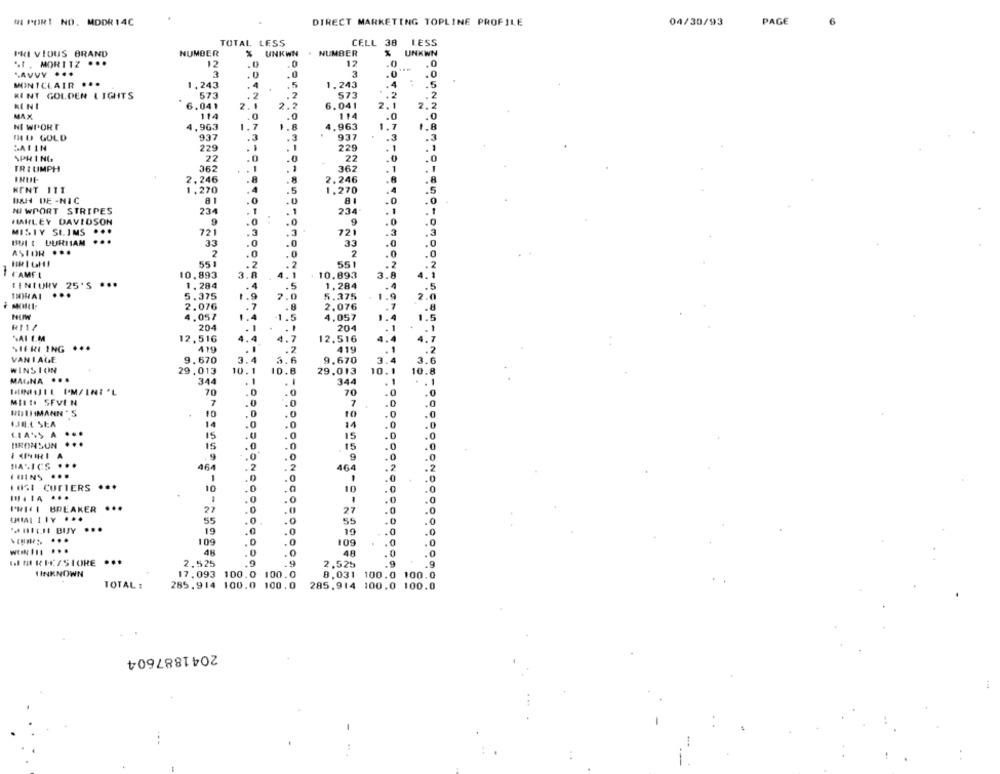
M POR! NO. MDDR 14C
DIRECT MARKETING TOPLINE PROFILE
04/30/93
PAGE
6
TOTAL LESS
CELL 38
LESS
PRI VIOUS BRAND
NUMBER
UNKWN
. NUMBER
UNKWN
.. I. MORITZ ...
12
12
.0
.0
SAVVY ...
3
3
.0
.0
MINICLAIR
1,243
1,243
.4
573
573
2
KINT GOLDEN LIGHTS
MINI
6.041
2.
6.041
2.2
MAX
114
114
.0
.0
NI WPORT
1.963
1.7
4,963
1.8
MU GOLD
937
3
937
.3
.3
SATIN
229
220
.1
. 1
SPRING
22
22
.0
TRIUMPH
362
362
2.246
2,246
KENT IT1
1.270
1.270
BAH DE -NIC
8
8
NI WPORT STRIPES
234
234
HARLEY DAVIDSON
.
9
MISTY SLIMS ...
721
721
3
BUI I DURIIAM
33
.0
33
ASTOR ...
2
.0
2
551
551
2
1
4.
CAMEL
10,893
3.A
10.893
3.
CENTURY 25'S ***
1.284
.5
1,284
.5
2.0
2.0
5.375
5.375
.9
2.076
.7
2,076
.8
NUW
4.057
1.5
4.057
1.5
204
204
1
SAI E.M
12,516
1.4
4.7
12.516
4.7
SIERI ING
..
419
419
.2
VANIAGE
9.670
3.4
3.6
9.670
3.
3.6
WINSION
29.013
10.1
ID.8
29.013
10.1
10.8
MAGNA ..
344
.
344
. 1
MINIJEL I'M/INT 'L
70
70
.0
Milto SEVEN
7
.0
7
.0
HOIHIMANN 'S
10
.0
.0
10
0
.0
IJE.L SEA
.0
.0
11
0
.0
LIAS A
15
...
.U
.0
.0
BRONSUN
.
15
15
.0
.0
9
.0
.0
HA .. ICS
464
2
ON
464
.2
1
0
LOGI CUTTERS ***
10
10
0
.0
1
PHIL BREAKER ...
22
27
55
.0
55
0
** ICH BUY
.
19
.0
10
.0
109
.0
109
.0
4H
.0
48
.0
.O
El M RICSSTORE
2,525
2.525
.9
.9
HINKNOWN
17.093 100.0 100.0
8,031 100.0 100.0
TOTAL :
285.914 100.0 100.0
285.914 100.0 100.0
2041887604
-